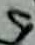
Text: 9